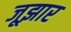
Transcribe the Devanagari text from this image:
जूझार